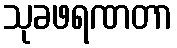
သုခဖရဏတာ